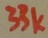
Text: 33k